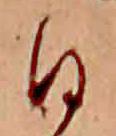
日